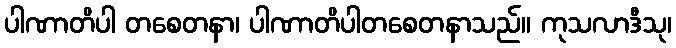
ပါဏာတိပါ တစေတနာ၊ ပါဏာတိပါတစေတနာသည်။ ကုသလာဒီသု၊